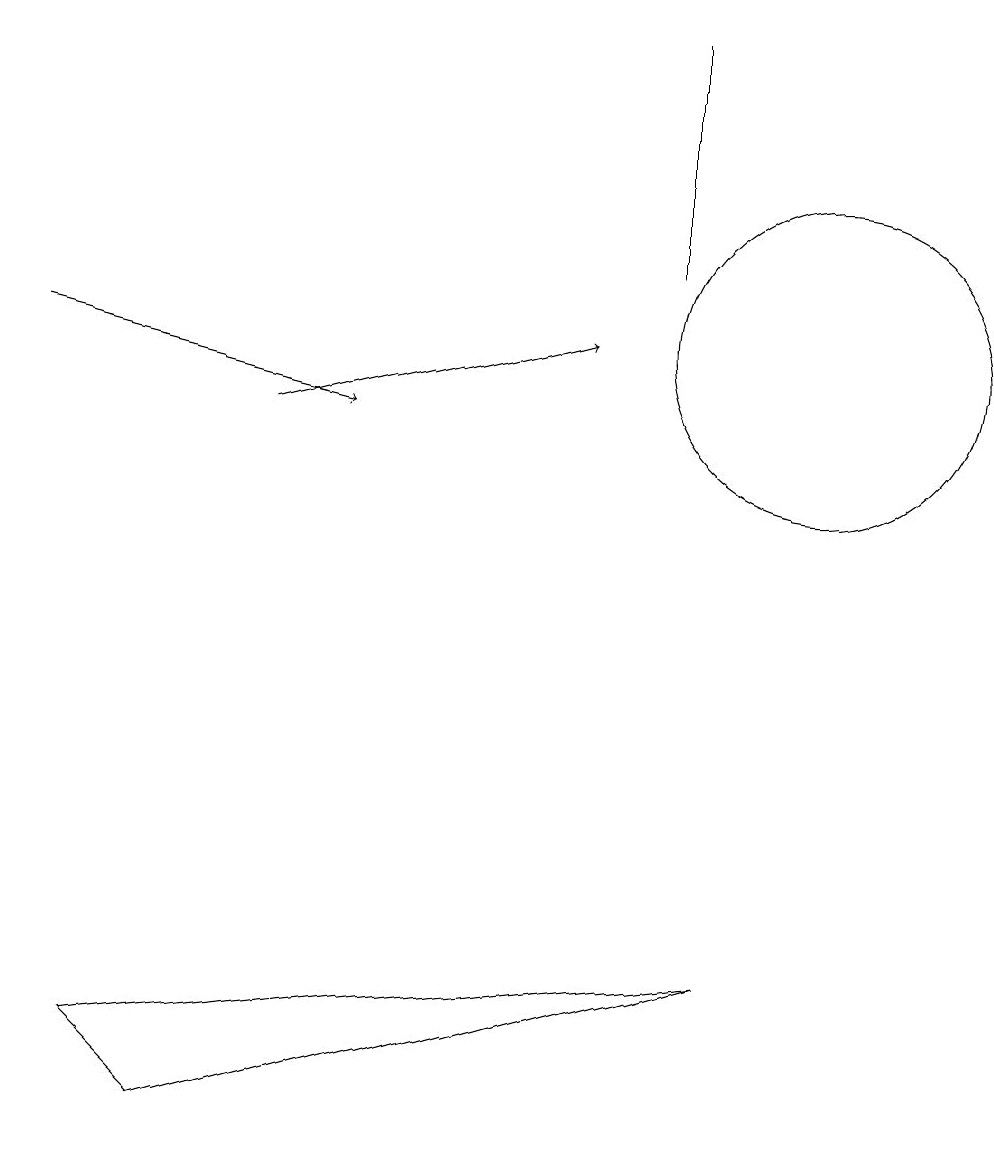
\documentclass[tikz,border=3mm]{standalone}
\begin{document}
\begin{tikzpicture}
\draw[->] (3,10) -- (7,11);
\draw (2,1) -- (1,2) -- (9,3) -- cycle;
\draw (10,11) circle (2);
\draw (8,15) rectangle (8,12);
\draw[->] (0,11) -- (4,10);
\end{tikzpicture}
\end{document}